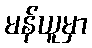
မန်ယူမှာ